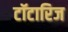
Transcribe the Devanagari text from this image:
टॉटारिज